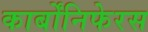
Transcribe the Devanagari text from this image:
कार्बोंनिफेरस